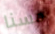
حسنا